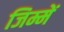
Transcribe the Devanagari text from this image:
जिम्में